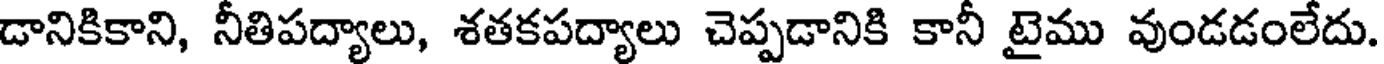
డానికికాని, నీతిపద్యాలు, శతకపద్యాలు చెప్పడానికి కానీ టైము వుండడంలేదు.